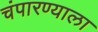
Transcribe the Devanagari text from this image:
चंपारण्याला